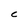
Character: C